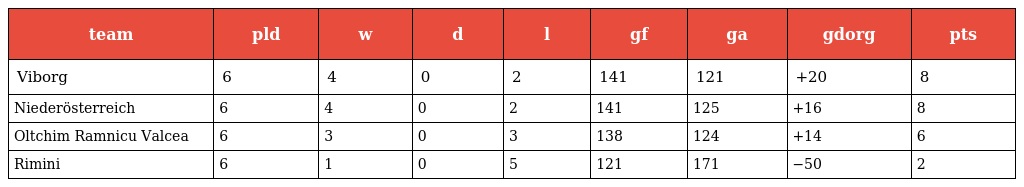
| team | pld | w | d | l | gf | ga | gdorg | pts |
 | --- | --- | --- | --- | --- | --- | --- | --- | --- |
 | Viborg | 6 | 4 | 0 | 2 | 141 | 121 | +20 | 8 |
 | Niederösterreich | 6 | 4 | 0 | 2 | 141 | 125 | +16 | 8 |
 | Oltchim Ramnicu Valcea | 6 | 3 | 0 | 3 | 138 | 124 | +14 | 6 |
 | Rimini | 6 | 1 | 0 | 5 | 121 | 171 | −50 | 2 |